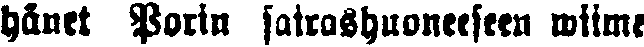
hänet Porin sairashuoneeseen wiime